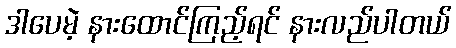
ဒါပေမဲ့ နားထောင်ကြည့်ရင် နားလည်ပါတယ်